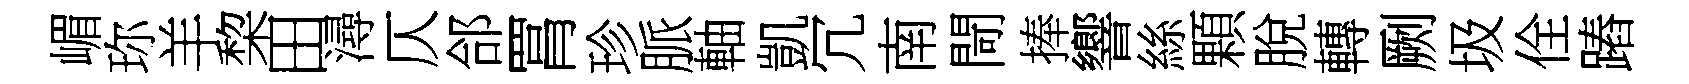
嵋珎羊棃田潯仄郃罥珍脈軸凱冗南閜捧響絲顆脫轉劂圾佺蹖